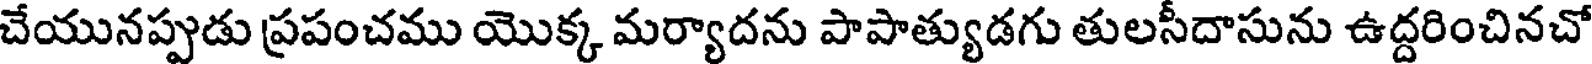
చేయునప్పుడు ప్రపంచము యొక్క మర్యాదను పాపాత్యుడగు తులసీదాసును ఉద్దరించినచో